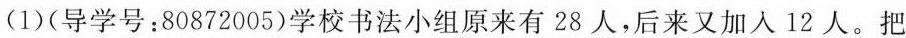
(1)(导学号：80872005)学校书法小组原来有28人，后来又加人12人。把